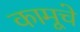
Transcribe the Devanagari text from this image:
कामूचे